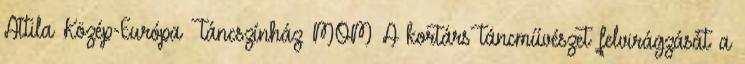
Attila Közép-Európa Táncszínház MOM A kortárs táncművészet felvirágzását a